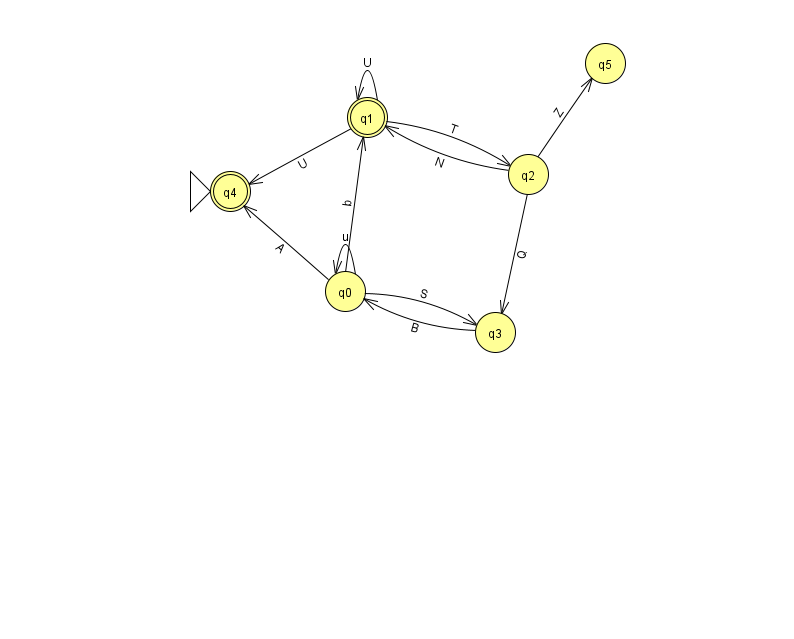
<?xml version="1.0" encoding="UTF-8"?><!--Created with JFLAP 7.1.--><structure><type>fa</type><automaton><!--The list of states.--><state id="0" name="q0"><x>345.0</x><y>278.0</y></state><state id="1" name="q1"><x>367.0</x><y>104.0</y><final/></state><state id="2" name="q2"><x>528.0</x><y>161.0</y></state><state id="3" name="q3"><x>495.0</x><y>319.0</y></state><state id="4" name="q4"><x>230.0</x><y>178.0</y><initial/><final/></state><state id="5" name="q5"><x>605.0</x><y>50.0</y></state><!--The list of transitions.--><transition><from>0</from><to>3</to><read>S</read></transition><transition><from>2</from><to>5</to><read>Z</read></transition><transition><from>3</from><to>0</to><read>B</read></transition><transition><from>1</from><to>2</to><read>T</read></transition><transition><from>0</from><to>0</to><read>u</read></transition><transition><from>0</from><to>4</to><read>A</read></transition><transition><from>1</from><to>1</to><read>U</read></transition><transition><from>1</from><to>4</to><read>U</read></transition><transition><from>2</from><to>3</to><read>Q</read></transition><transition><from>2</from><to>1</to><read>N</read></transition><transition><from>0</from><to>1</to><read>b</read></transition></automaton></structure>